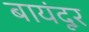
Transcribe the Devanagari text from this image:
बायंदूर